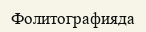
Фолитографияда